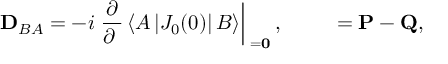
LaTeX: { { \bf D } _ { B A } } = - i \left. \frac { \partial } { \partial { \bf \Delta } } \left< A \left| { J _ { 0 } } ( 0 ) \right| B \right> \right| _ { \bf \Delta = 0 } , \qquad { \bf \Delta } = { \bf P } - { \bf Q } ,